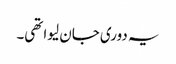
یہ دوری جان لیوا تھی۔